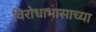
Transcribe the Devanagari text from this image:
विरोधाभासाच्या